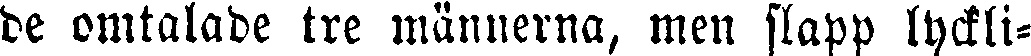
de omtalade tre männerna, men slapp lyckli-